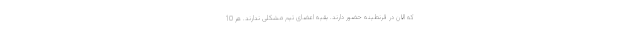
که الان در قرنطینه حضور دارند. بقیه اعضای تیم مشکلی ندارند. هر 10